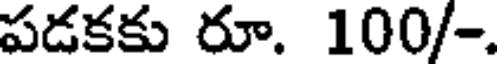
పడకకు రూ. 100/-.